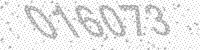
Solution: 016073